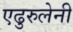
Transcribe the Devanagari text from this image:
एढुरुलेनी